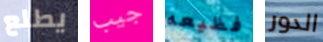
يطلع جيب فظيعه الدور